Civil Veterinary Department Bihar & Orissa reports 1911-21 - 1911-1921
Year: 1911
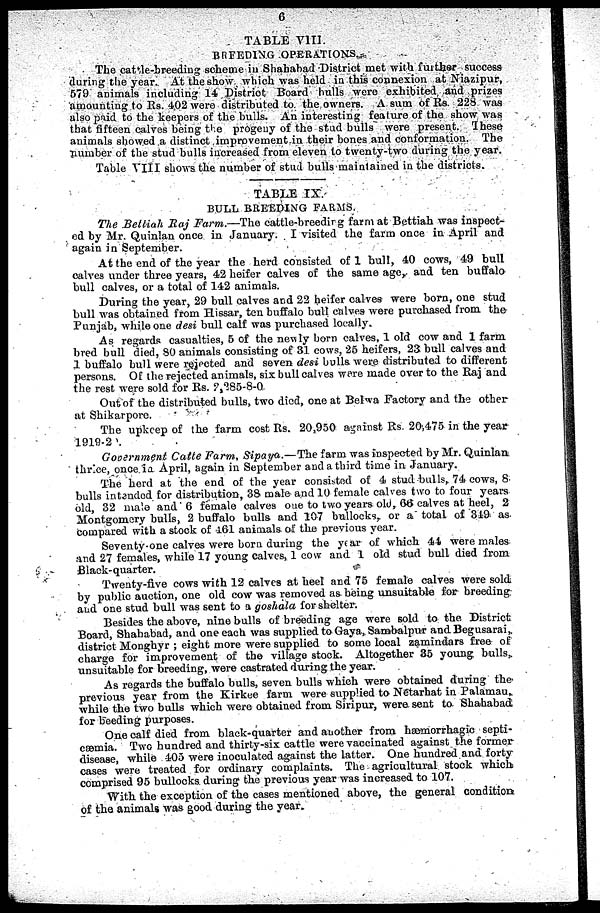
6
TABLE VIII.
BREEDING OPERATIONS.
The cattle-breeding scheme in Shabahad District met with further success
during the year. At the show which was held in this connexion at Niazipur,
579 animals including 14 District Board hulls were exhibited and prizes
amounting to Rs. 402 were distributed to the owners. A sum of Rs. 228 was
also Paid to the keepers of the bulls. An interesting feature of the show was
that fifteen calves being the progeny of the stud bulls were present. These
animals showed a distinct improvement in their bones and conformation. The
number of the stud bulls increased from eleven to twenty-two during the year.
Table VIII shows the number of stud bulls maintained in the districts.
TABLE IX
BULL BREEDING FARMS.
The Bettiah Raj Farm.—The cattle-breedirg farm at Bettiah was inspect-
ed by Mr. Quinlan once in January. I visited the farm once in April and
again in September.
At the end of the year the herd consisted of 1 bull, 40 cows, 49 bull
calves under three years, 42 heifer calves of the same age, and ten buffalo
bull calves, or a total of 142 animals.
During the year, 29 bull calves and 22 heifer calves were born, one stud
bull was obtained from Hissar, ten buffalo bull calves were purchased from the
Punjab, while one desi bull calf was purchased locally.
As regards casualties, 5 of the newly born calves, 1 old cow and 1 farm
bred bull died, 80 animals consisting of 31 cows, 25 heifers, 23 bull calves and
1 buffalo bull were rejected and seven desi bulls were distributed to different
persons. Of the rejected animals, six bull calves ware made over to the Raj and
the rest were sold for Rs. 2,285-8-0
Out of the distributed bulls, two died, one at Belwa Factory and the other
at Shikarpore.
The upkeep of the farm cost Rs. 20,950 against Rs. 20,475 in the year
1919-2 .
Govement
Catle Farm, Sipaya.—The farm was inspected by Mr. Quinlan
thrice, once in April, again in September and a third time in January.
The herd at the end of the year consisted of 4 stud bulls, 74 cows, 8
bulls intended for distribution, 38 male and 10 female calves two to four years
old, 32 male and 6 female calves one to two years old, 66 calves at heel, 2
Montgomery bulls, 2 buffalo bulls and 107 bullocks„ or a total of 319 as
compared with a stock of 461 animals of the previous year.
Seventy one calves were born during the year of which 44 were males
and 27 females, while 17 young calves, 1 cow and 1 old stud bull died from
Black-quarter.
Twenty-five cows with 12 calves at heel and 75 female calves were sold
by public auction, one old cow was removed as being unsuitable for breeding
and one stud bull was sent to a goshala for shelter.
Besides the above, nine bulls of breeding age were sold to the District
Board, Shahabad, and one each was supplied to Gaya, Sambalpur and Begusarai„
district Monghyr ; eight more were supplied to some local zamindars free of
charge for improvement of the village stock. Altogether 35 young bulls,
unsuitable for breeding, were castrated during the year.
As regards the buffalo bulls, seven bulls which were obtained during the
previous year from the Kirkee farm were supplied to Netarhat in Palamau
while the two bulls which were obtained from Siripur, were sent to Shahabad
for beeding purposes.
One calf died from black-quarter and another from hæmorrhagic septi-
cæmia. Two hundred and thirty-six cattle were vaccinated against the former
disease, while 405 were inoculated against the latter. One hundred and forty
cases were treated for ordinary complaints. The agricultural stock which
comprised 95 bullocks during the previous year was increased to 107.
With the exception of the cases mentioned above, the general condition
of the animals was good during the year.